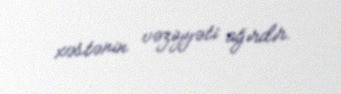
xəstənin vəziyyəti ağırdır.